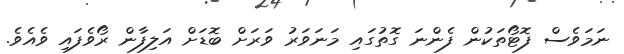
ނަމަވެސް ފޮޓޯތަކުން ފެންނަ ގޮތުގައި މަނަވަރު ވަރަށް ބޮޑަށް އަލިފާން ރޯވެފައި ވެއެވެ.